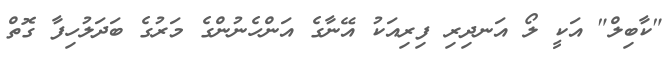
"ކާބިލް" އަކީ ލޯ އަނދިރި ފިރިއަކު އޭނާގެ އަންހެނުންގެ މަރުގެ ބަދަލުހިފާ ގޮތް